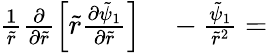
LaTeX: \begin{array}{rl}{\frac{1}{\tilde{r}}\frac{\partial}{\partial\tilde{r}}\left[\tilde{r}\frac{\partial\tilde{\psi}_{1}}{\partial\tilde{r}}\right]}&{{}-\frac{\tilde{\psi}_{1}}{\tilde{r}^{2}}=}\end{array}